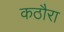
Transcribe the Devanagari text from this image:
कठौरा